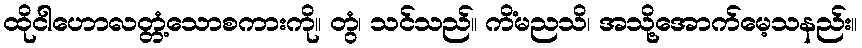
ထိုငါဟောလတ္တံ့သောစကားကို။ တွံ၊ သင်သည်။ ကိံမညသိ၊ အသို့အောက်မေ့သနည်း။